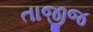
તાજીજ